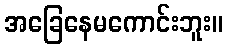
အခြေနေမကောင်းဘူး။